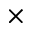
\times